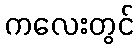
ကလေးတွင်